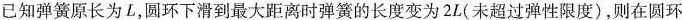
已知弹簧原长为L，圆环下滑到最大距离时弹簧的长度变为2L(未超过弹性限度)，则在圆环